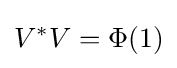
V^{\ast }V=\Phi (1)